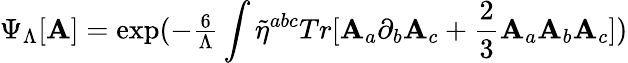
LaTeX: \Psi_{\Lambda}[\mathbf{A}]=\mathrm{{exp}}(-{\textstyle{\frac{{6}}{{\Lambda}}}}\int\tilde{{\eta}}^{abc}Tr[\mathbf{A}_{a}\partial_{b}\mathbf{A}_{c}+{\frac{{\textstyle2}}{{3}}}\mathbf{A}_{a}\mathbf{A}_{b}\mathbf{A}_{c}])